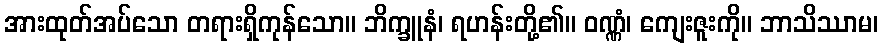
အားထုတ်အပ်သော တရားရှိကုန်သော။ ဘိက္ခူနံ၊ ရဟန်းတို့၏။ ဝဏ္ဏံ၊ ကျေးဇူးကို။ ဘာသိဿာမ၊